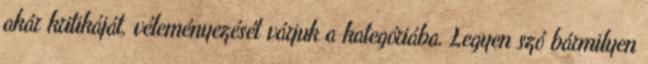
akár kritikáját, véleményezését várjuk a kategóriába. Legyen szó bármilyen